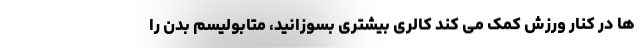
ها در کنار ورزش کمک می کند کالری بیشتری بسوزانید، متابولیسم بدن را